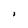
Character: I